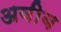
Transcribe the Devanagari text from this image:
अवीब